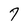
Character: 9